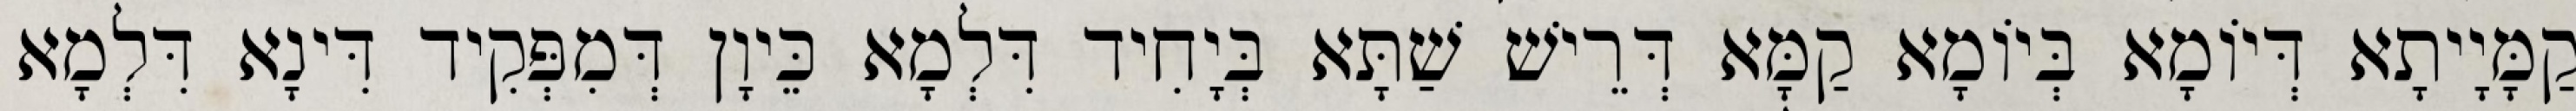
קַמָּיָיתָא דְּיוֹמָא בְּיוֹמָא קַמָּא דְּרֵישׁ שַׁתָּא בְּיָחִיד דִּלְמָא כֵּיוָן דְּמִפְּקִיד דִּינָא דִּלְמָא